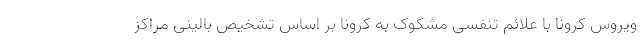
ویروس کرونا با علائم تنفسی مشکوک به کرونا بر اساس تشخیص بالینی مراکز